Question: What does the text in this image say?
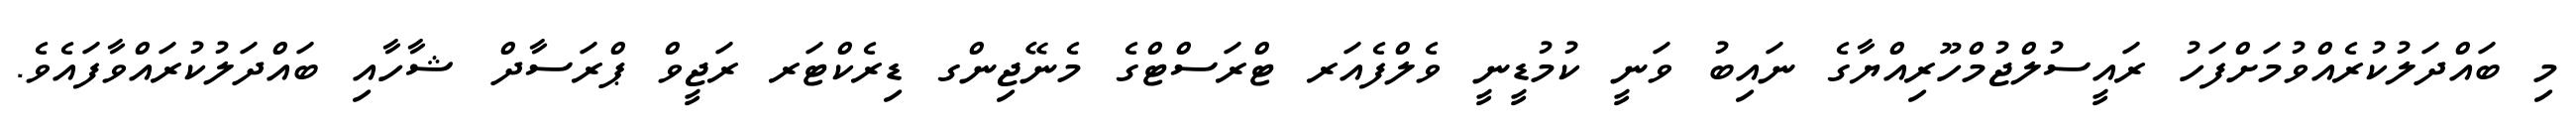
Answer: މި ބައްދަލުކުރެއްވުމަށްފަހު ރައީސުލްޖުމްހޫރިއްޔާގެ ނައިބު ވަނީ ކުމުޑީނީ ވެލްފެއަރ ޓްރަސްޓްގެ މެނޭޖިންގ ޑިރެކްޓަރ ރަޖީވް ޕްރަސާދް ޝާހާއި ބައްދަލުކުރައްވާފައެވެ.